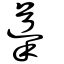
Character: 導